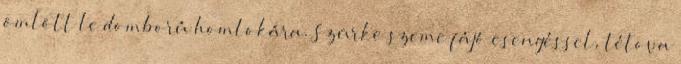
ömlött le domború homlokára. Szürke szeme fájó esengéssel, tétova